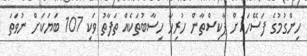
ހިންގުމުގެ ފަސޭހައަށް ޕާކިސްތާން ހުރިހާ ހިސާބުތަކެއް ތަފާތު ވަކި 107 ބަޔަކަށް ނުވަތަ